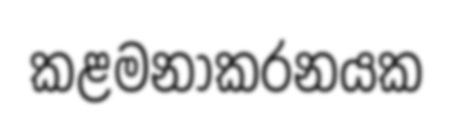
කළමනාකරනයක